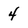
Character: 4